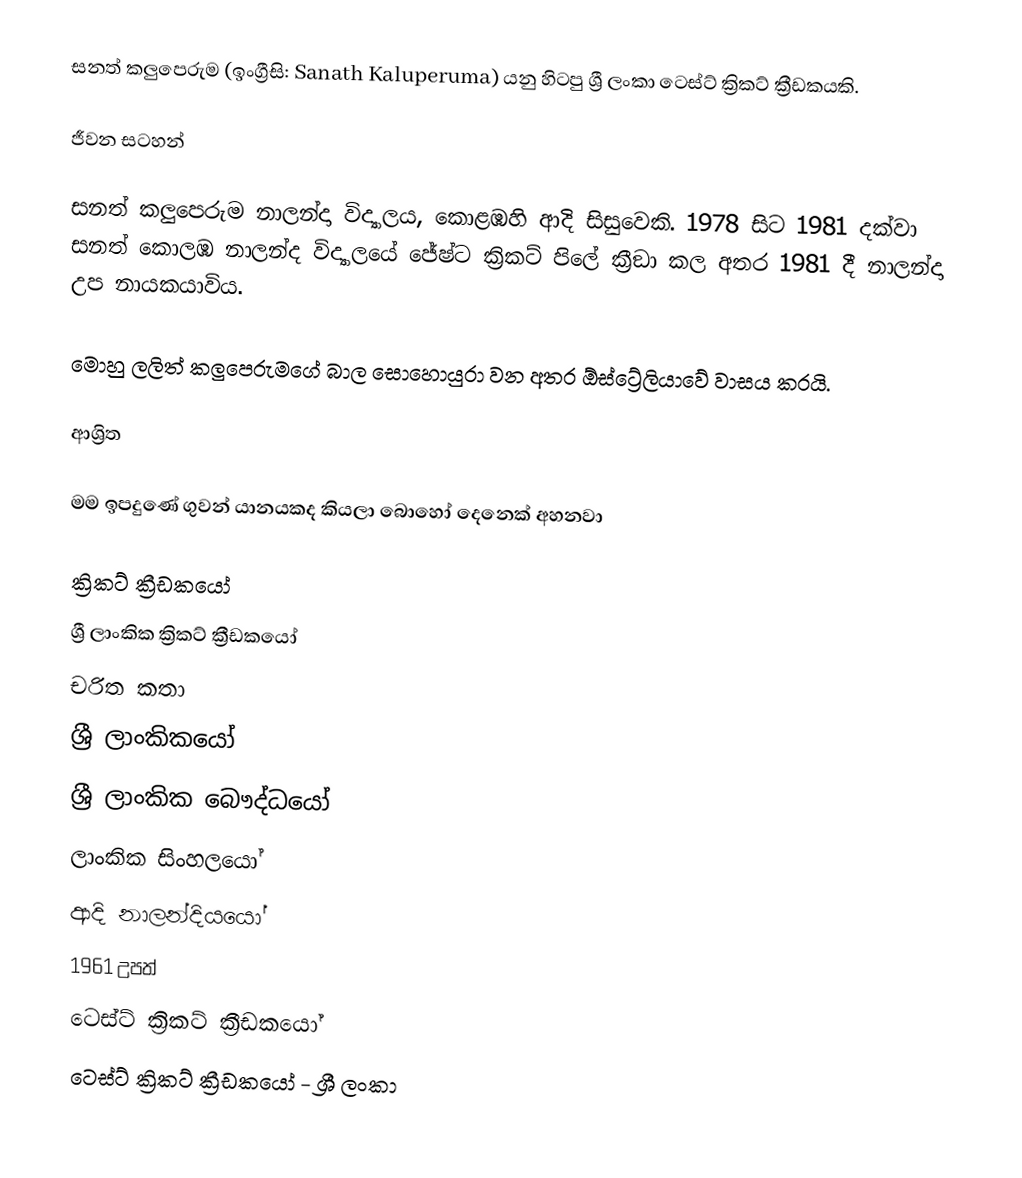
සනත් කලුපෙරුම (ඉංග්‍රීසි: Sanath Kaluperuma) යනු හිටපු ශ්‍රී ලංකා ටෙස්ට් ක්‍රිකට් ක්‍රීඩකයකි.

ජීවන සටහන්

සනත් කලුපෙරුම  නාලන්දා විද්‍යාලය, කොළඹහි ආදි සිසුවෙකි. 1978 සිට 1981 දක්වා සනත් කොලඹ නාලන්ද  විද්‍යාලයේ  ජේෂ්ට ක්‍රිකට් පිලේ ක්‍රීඞා කල අතර 1981 දී නාලන්දා උප නායකයාවිය.

මොහු ලලිත් කලුපෙරුමගේ බාල සොහොයුරා වන අතර ඕස්ට්‍රේලියාවේ වාසය කරයි.

ආශ්‍රිත

 මම ඉපදුණේ ගුවන් යානයකද කියලා බොහෝ දෙනෙක් අහනවා

ක්‍රිකට් ක්‍රීඩකයෝ
ශ්‍රී ලාංකික ක්‍රිකට් ක්‍රීඩකයෝ
චරිත කතා
ශ්‍රී ලාංකිකයෝ
ශ්‍රී ලාංකික බෞද්ධයෝ
ලාංකික සිංහලයෝ
ආදි නාලන්දියයෝ
1961 උපත්
ටෙස්ට් ක්‍රිකට් ක්‍රීඩකයෝ
ටෙස්ට් ක්‍රිකට් ක්‍රීඩකයෝ - ශ්‍රී ලංකා